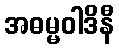
အဓမ္မဝါဒိနီ